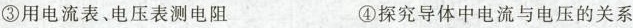
③用电流表电压表测电阻 ④探究导体中电流与电压的关系